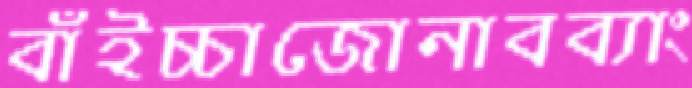
বাঁইচ্চাজোনাবব্যাং